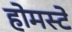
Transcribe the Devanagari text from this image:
होमस्टे